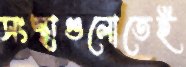
সংস্থাগুলোতেই